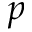
p